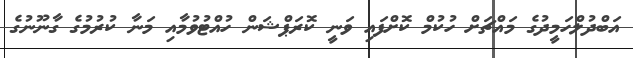
އަބްދުލްހަމީދުގެ މައްޗަށް ހުކުމް ކޮށްފައި ވަނީ ކޮރަޕްޝަން ހުއްޓުވުމާއި މަނާ ކުރުމުގެ ގާނޫނުގެ